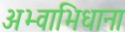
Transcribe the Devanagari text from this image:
अभ्वाभिधाना